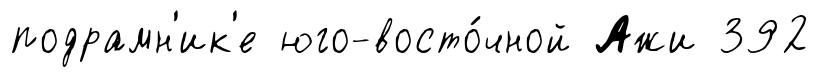
подрамн'ик'е юго-восто́чной Ажи 392